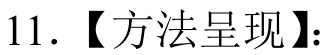
11.【方法呈现】：